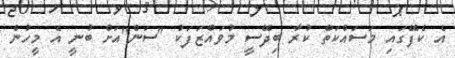
އެ ކެފޭގައި މަސައްކަތް ކުރާ ބިދޭސީ މުވައްޒަފަކު "ސަން"އަށް ބުނީ އެ މީހުން